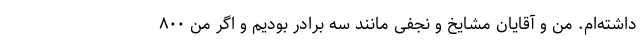
داشته‌ام. من و آقایان مشایخ و نجفی مانند سه برادر بودیم و اگر من ۸۰۰